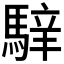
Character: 𩤑